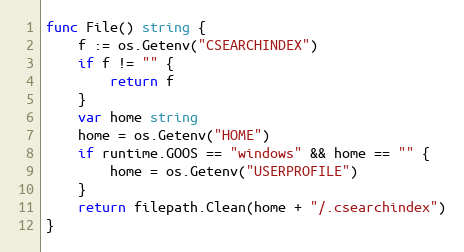
Language: Go
func File() string {
	f := os.Getenv("CSEARCHINDEX")
	if f != "" {
		return f
	}
	var home string
	home = os.Getenv("HOME")
	if runtime.GOOS == "windows" && home == "" {
		home = os.Getenv("USERPROFILE")
	}
	return filepath.Clean(home + "/.csearchindex")
}